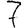
Digit: 7